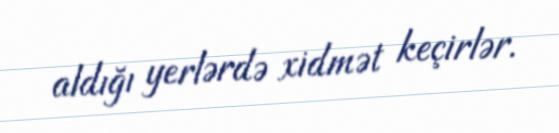
aldığı yerlərdə xidmət keçirlər.